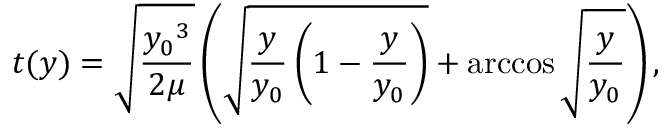
t ( y ) = { \sqrt { \frac { { y _ { 0 } } ^ { 3 } } { 2 \mu } } } \left( { \sqrt { { \frac { y } { y _ { 0 } } } \left( 1 - { \frac { y } { y _ { 0 } } } \right) } } + \operatorname { a r c c o s } { \sqrt { \frac { y } { y _ { 0 } } } } \right) ,